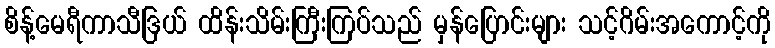
စိန့်မေရီကာသီဒြယ် ထိန်းသိမ်းကြီးကြပ်သည် မှန်ပြောင်းများ သင့်ဂိမ်းအကောင့်ကို